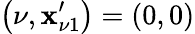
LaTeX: \left(\nu,\mathbf{x}_{\nu1}^{\prime}\right)=\left(0,0\right)